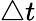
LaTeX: \bigtriangleup t